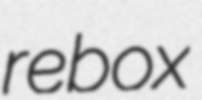
rebox